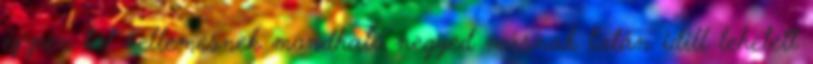
éppen túl kellemesnek mondható negyed másnak talán idill lehetett